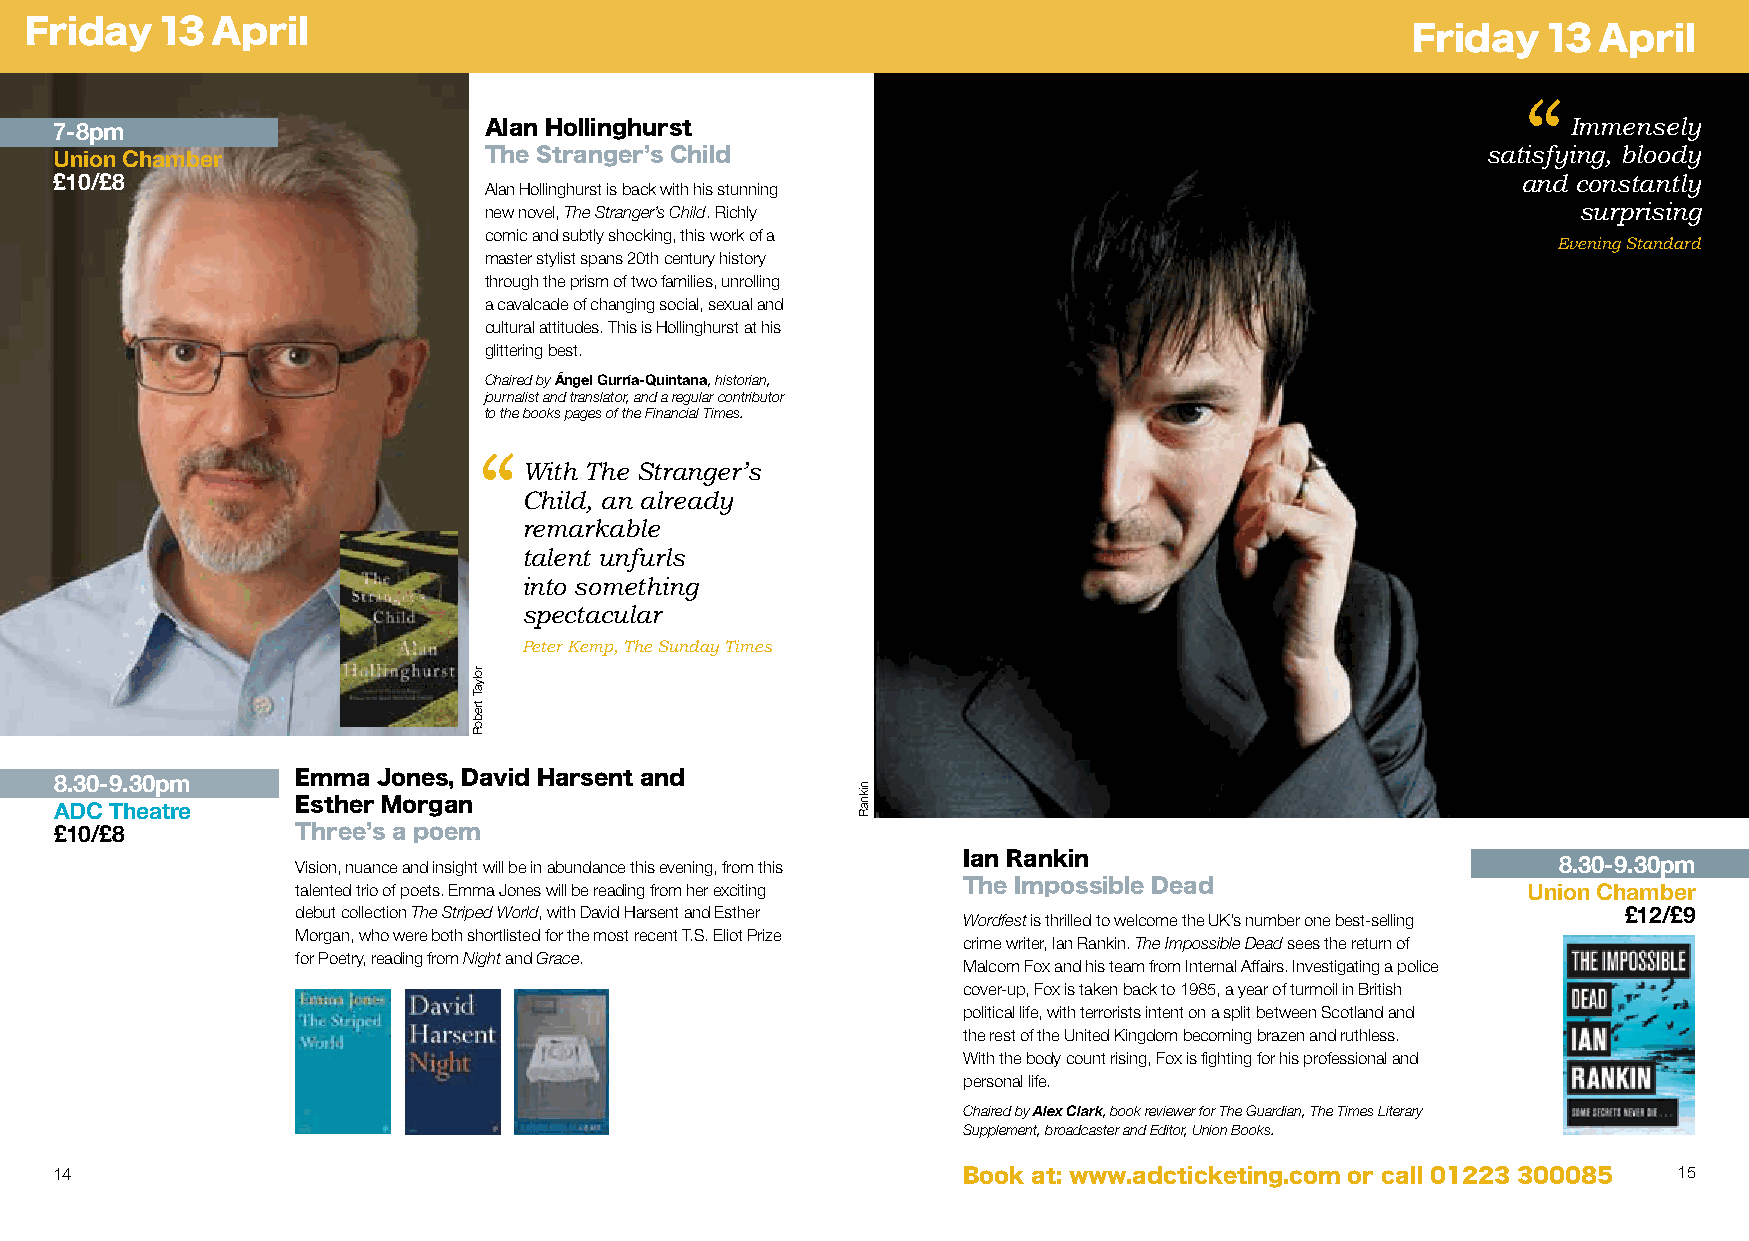
Friday  13  April
 FFrriiddaayy 1133 AApprriill
 “
 7-8pm                       Alan Hollinghurst                                                       Immensely
 Union Chamber               The Stranger’s Child                                              satisfying, bloody
 £10/£8                                                                                           and constantly
 Alan Hollinghurst is back with his stunning
 new novel, The Stranger’s Child. Richly                                 surprising
 comic and subtly shocking, this work of a
 Evening Standard
 master stylist spans 20th century history
 through the prism of two families, unrolling
 a cavalcade of changing social, sexual and
 cultural attitudes. This is Hollinghurst at his
 glittering best.
 Chaired by Ángel Gurría-Quintana, historian,
 journalist and translator, and a regular contributor
 to the books pages of the Financial Times.
 “
 With The Stranger’s
 Child, an already
 remarkable
 talent unfurls
 into something
 spectacular
 Peter Kemp, The Sunday Times
 8.30-9.30pm     Emma Jones, David Harsent and
 aDC theatre     Esther Morgan
 £10/£8          Three’s a poem
 Vision, nuance and insight will be in abundance this evening, from this Ian Rankin 8.30-9.30pm
 talented trio of poets. Emma Jones will be reading from her exciting The Impossible Dead Union Chamber
 debut collection The Striped World, with David Harsent and Esther                       £12/£9
 Wordfest is thrilled to welcome the UK’s number one best-selling
 Morgan, who were both shortlisted for the most recent T.S. Eliot Prize
 crime writer, Ian Rankin. The Impossible Dead sees the return of
 for Poetry, reading from Night and Grace.
 Malcom Fox and his team from Internal Affairs. Investigating a police
 cover-up, Fox is taken back to 1985, a year of turmoil in British
 political life, with terrorists intent on a split between Scotland and
 the rest of the United Kingdom becoming brazen and ruthless.
 With the body count rising, Fox is fighting for his professional and
 personal life.
 Chaired by Alex Clark, book reviewer for The Guardian, The Times Literary
 Supplement, broadcaster and Editor, Union Books.
 14                                                                                                         15
 Book at: www.adcticketing.com or call 01223 300085
 rolyaT
 treboR
 niknaR